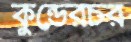
কুন্ডেরচর